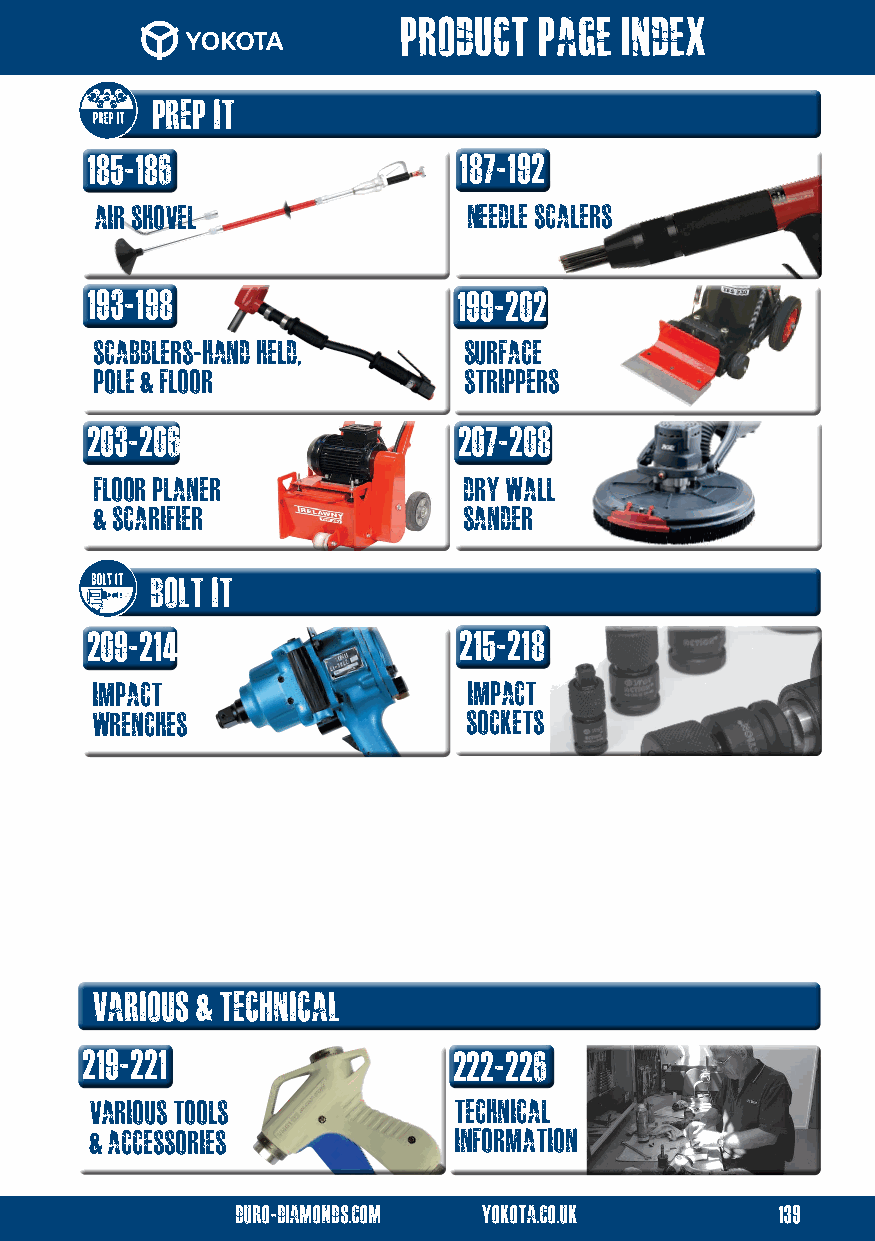
product  page index
 prep it
 185-186                 187-192
 air shovel               needle scalers
 193-198                 199-202
 scabblers-hand held,     SURFACE
 pole & floor             strippers
 203-206                 207-208
 floor planer             dry wall
 & scarifier              sander
 bolt it
 209-214                 215-218
 impact                   impact
 wrenches                 sockets
 various & technical
 219-221                 222-226
 various tools           technical
 & accessories           information
 duro-diamonds.com yokota.co.uk     139